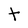
Character: T